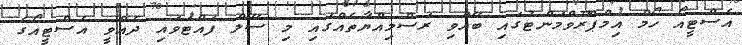
އެސްޓީއޯ ހޯމް އިމްޕްރޫވްމަންޓުގައި ބޭއްވި ރަސްމިއްޔާތެއްގައި މި ސޭލް ފައްޓަވައި ދެއްވީ އެސްޓީއޯގެ